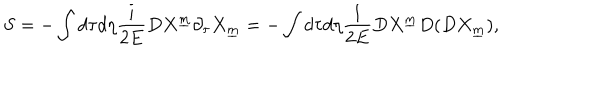
LaTeX: S = - \int d \tau d \eta { \frac { i } { 2 E } } D X ^ { \underline { { m } } } \partial _ { \tau } X _ { \underline { { m } } } = - \int d \tau d \eta { \frac { 1 } { 2 E } } D X ^ { \underline { { m } } } D ( D X _ { \underline { { m } } } ) ,